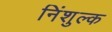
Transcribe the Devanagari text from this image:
निंशुल्क